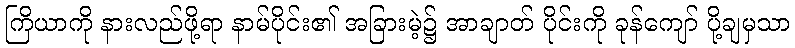
ကြိယာကို နားလည်ဖို့ရာ နာမ်ပိုင်း၏ အခြားမဲ့၌ အာချာတ် ပိုင်းကို ခုန်ကျော် ပို့ချမှသာ